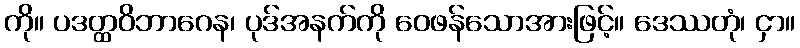
ကို။ ပဒတ္ထဝိဘာဂေန၊ ပုဒ်အနက်ကို ဝေဖန်သောအားဖြင့်။ ဒေဿတုံ၊ ငှာ။